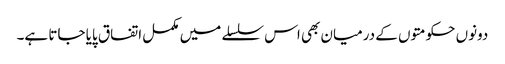
دونوں حکومتوں کے درمیان بھی اس سلسلے میں مکمل اتفاق پایا جاتا ہے۔